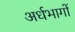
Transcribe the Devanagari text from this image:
अर्धभागों